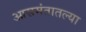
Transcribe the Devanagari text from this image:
आसमंतातल्या